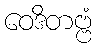
ဝေဒိတဗ္ဗံ